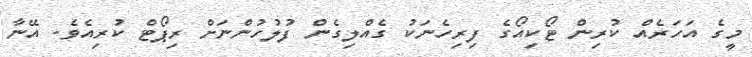
މީގެ އަހަރެއް ކުރިން ޓޯކިއޯގެ ފިރިހެނަކު ގެއްލިގެން ފުލުހުންނަށް ރިޕޯޓް ކުރިއެވެ. އޭނާ